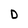
Character: D